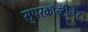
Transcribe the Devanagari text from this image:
सुपरकॉन्टीनेंट